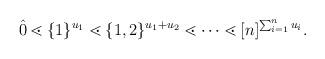
LaTeX: \begin{align*} \hat{0}\lessdot \{1\}^{u_1}\lessdot \{1,2\}^{u_1+u_2} \lessdot \cdots \lessdot [n]^{\sum_{i=1}^n u_i}. \end{align*}